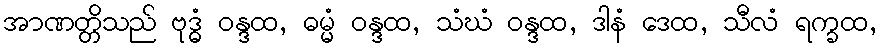
အာဏတ္တိသည် ဗုဒ္ဓံ ဝန္ဒထ, ဓမ္မံ ဝန္ဒထ, သံဃံ ဝန္ဒထ, ဒါနံ ဒေထ, သီလံ ရက္ခထ,